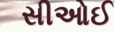
સીઓઈ